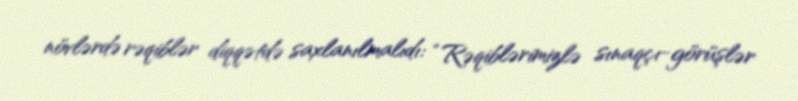
növlərdə rəqiblər diqqətdə saxlanılmalıdı: “Rəqiblərimizlə sınaqçı-görüşlər